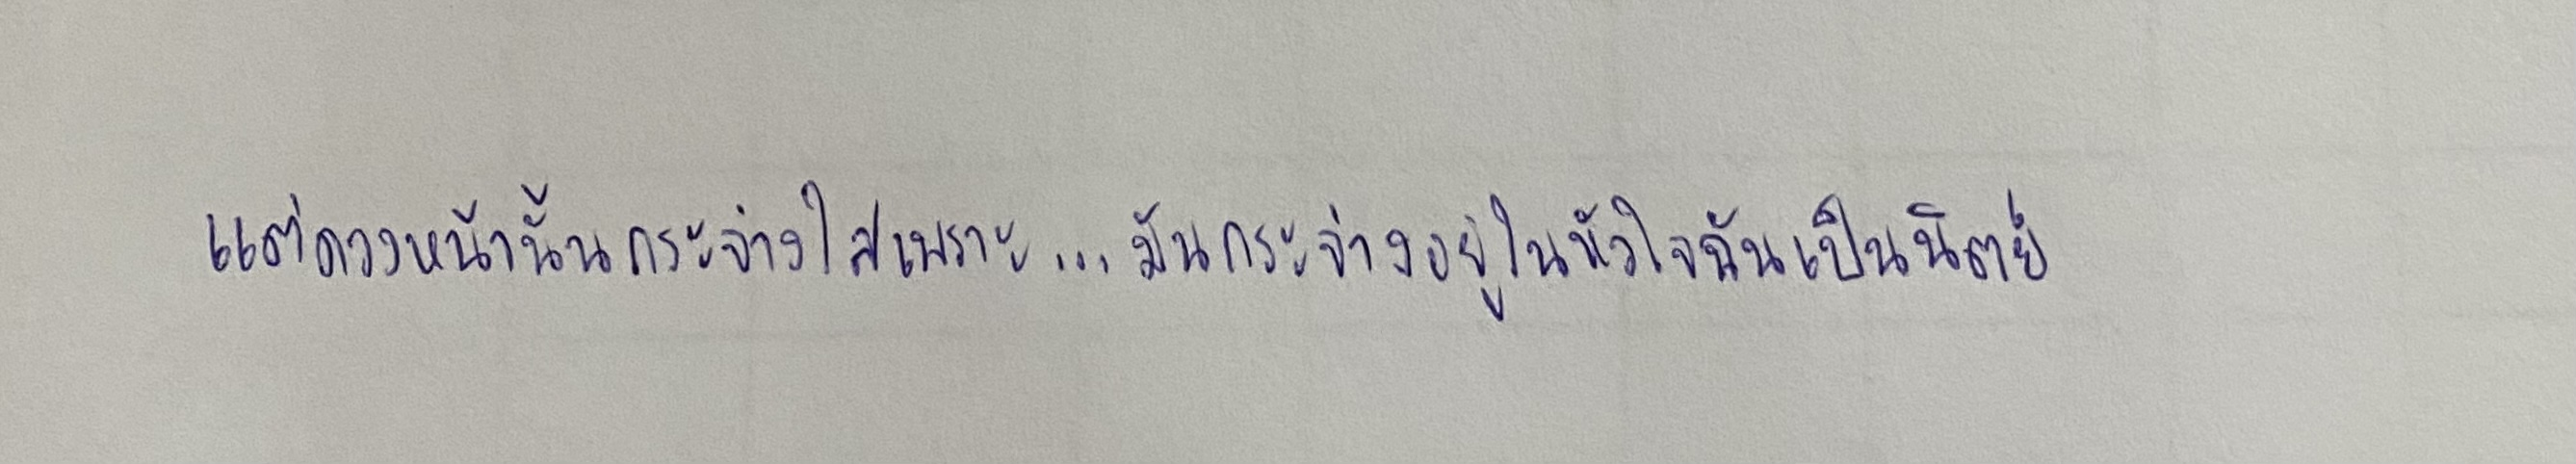
แต่ดวงหน้านั้นกระจ่างใสเพราะ...มันกระจ่างอยู่ในหัวใจฉันเป็นนิตย์